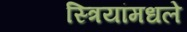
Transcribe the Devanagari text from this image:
स्त्रियांमधले